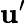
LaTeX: \mathbf{u}^{\prime}